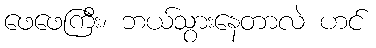
ဖေဖေကြီး၊ ဘယ်သွားနေတာလဲ ဟင်